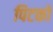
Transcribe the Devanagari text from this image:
पिटको